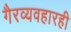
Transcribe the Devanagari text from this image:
गैरव्यवहारही